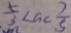
\frac { 5 } { 3 } < a < \frac { 2 } { 5 }